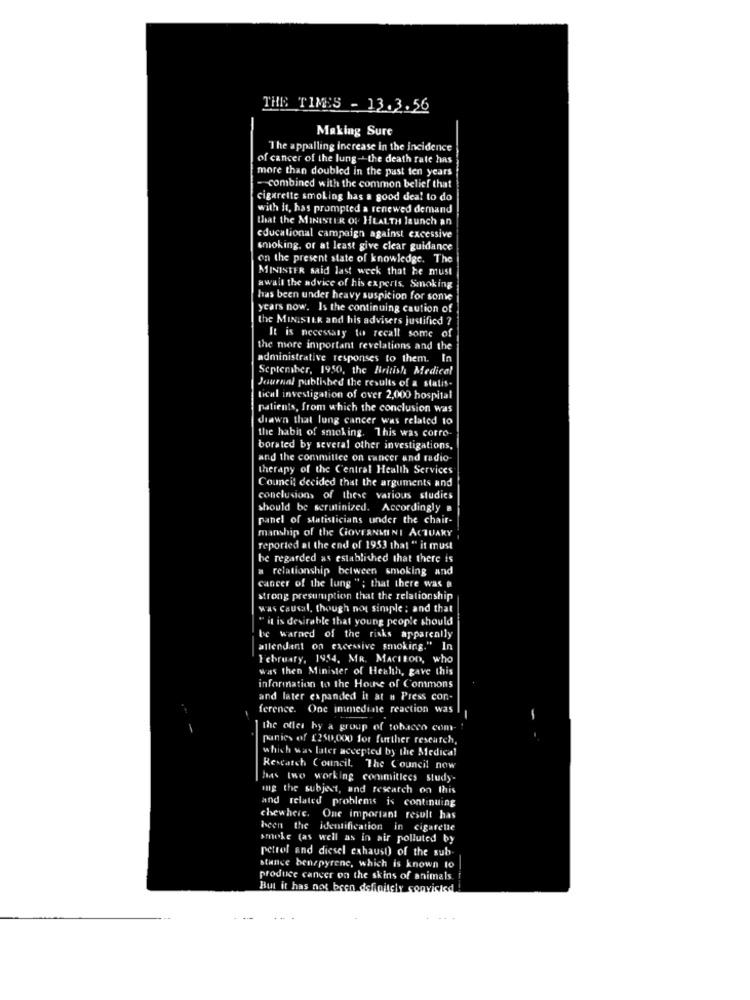
THE TIMES - 13.3.56
Making Sure
"The appalling increase in the incidence
of cancer of the lung -the death rate has
more than doubled in the past ten years
combined with the common belief that
cigarette smoking has a good deal to do
with it, has prompted a renewed demand
that the MINISTER OF HEALTH launch an
educational campaign against excessive
smoking, or at least give clear guidance
on the present state of knowledge. The
MINISTER said last week that he must
awall the advice of his experts. Smoking
has been under heavy suspicion for sonwe
years now. Is the continuing caution of
the MINISILK and his advisers justified ?
It is necessary to recall some of
the more important revelations and the
administrative responses to them. In
September, 1950, the British Medical
Journal published the results of a statis-
tical investigation of over 2,000 hospital
patients, from which the conclusion was
drawn that lung cancer was related to
the habit of smoking. This was corro
borated by several other investigations,
and the committee on cancer and radio-
therapy of the Central Health Services
Council decided that the arguments and
conclusions of these various studies
should be scrutinized. Accordingly a
panel of statisticians under the chair-
manship of the GOVERNMINI ACTUARY
reported at the end of 1953 that " it must
be regarded as established that there is
a relationship between smoking and
cancer of the lung "; that there was a
strong presumption that the relationship
was causal, though not simple : and that
" it is desirable that young people should
be warned of the risks apparently
allendant on excessive smoking."
February, 1954, MR. MACLEOD, who
was then Minister of Health, gave this
information to the House of Commons
and later expanded it at a Press con-
ference. One immediate reaction was
the ofles by a group of tobacco com-
panies of [250,000 for further research,
which was later accepted by the Medical
Research Council, The Council now
has two working commiticcs study-
mig the subject, and research on this
and related problems is continuing
chewhere.
One important result has
been the identification in cigarette
smoke (as well as in air polluted by
petrol and diesel exhaust) of the sub-
stunge benepyrene, which is known to
produce cancer on the skins of animals.
But it has not been defrais